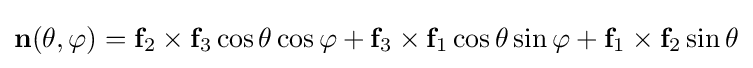
\mathbf {n} (\theta ,\varphi )=\mathbf {f} _{2}\times \mathbf {f} _{3}\cos \theta \cos \varphi +\mathbf {f} _{3}\times \mathbf {f} _{1}\cos \theta \sin \varphi +\mathbf {f} _{1}\times \mathbf {f} _{2}\sin \theta